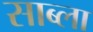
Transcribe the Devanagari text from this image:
साब्ला